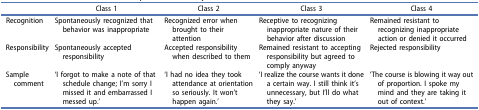
|  | Class 1 | Class 2 | Class 3 | Class 4 |
 | --- | --- | --- | --- | --- |
 | Recognition | Spontaneously recognized that behavior was inappropriate | Recognized error when brought to their attention | Receptive to recognizing inappropriate nature of their behavior after discussion | Remained resistant to recognizing inappropriate action or denied it occurred |
 | Responsibility | Spontaneously acceptedresponsibility | Accepted responsibility when described to them | Remained resistant to accepting responsibility but agreed to comply anyway | Rejected responsibility |
 | Sample comment | ‘I forgot to make a note of that schedule change; I’m sorry I missed it and embarrassed I messed up.’ | ‘I had no idea they took attendance at orientation so seriously. It won’t happen again.’ | ‘I realize the course wants it done a certain way. I still think it’s unnecessary, but I’ll do what they say.’ | ‘The course is blowing it way out of proportion. I spoke my mind and they are taking it out of context.’ |